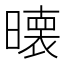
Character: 𭧵